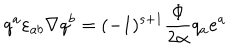
q ^ { a } \varepsilon _ { a b } \nabla q ^ { b } = ( - 1 ) ^ { s + 1 } { \frac { \Phi } { 2 \alpha } } q _ { a } e ^ { a }